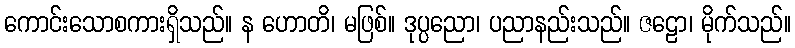
ကောင်းသောစကားရှိသည်။ န ဟောတိ၊ မဖြစ်။ ဒုပ္ပညော၊ ပညာနည်းသည်။ ဇဠော၊ မိုက်သည်။